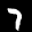
Label: 7